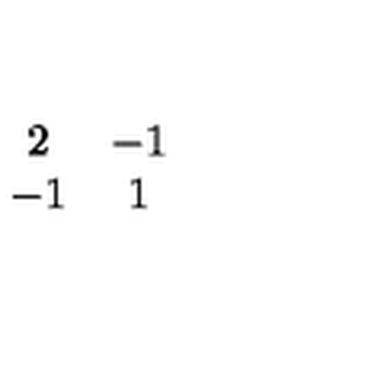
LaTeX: \begin{array} { c c } { 2 } & { - 1 } \\ { - 1 } & { 1 } \\ \end{array}